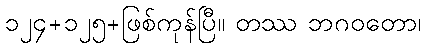
၁၂၄+၁၂၅+ဖြစ်ကုန်ပြီ။ တဿ ဘဂဝတော၊